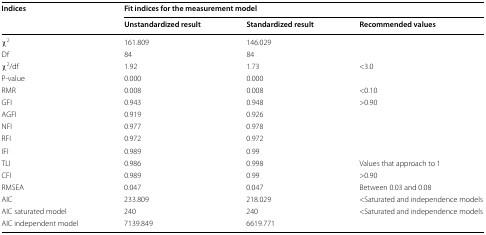
| <ROWSPAN=2> Indices | <COLSPAN=3> Fit indices for the measurement model |
 | Unstandardized result | Standardized result | Recommended values |
 | --- | --- | --- | --- |
 | χ2 | 161.809 | 146.029 |  |
 | Df | 84 | 84 |  |
 | χ2/df | 1.92 | 1.73 | <3.0 |
 | P-value | 0.000 | 0.000 |  |
 | RMR | 0.008 | 0.008 | <0.10 |
 | GFI | 0.943 | 0.948 | >0.90 |
 | AGFI | 0.919 | 0.926 |  |
 | NFI | 0.977 | 0.978 |  |
 | RFI | 0.972 | 0.972 |  |
 | IFI | 0.989 | 0.99 |  |
 | TLI | 0.986 | 0.998 | Values that approach to 1 |
 | CFI | 0.989 | 0.99 | >0.90 |
 | RMSEA | 0.047 | 0.047 | Between 0.03 and 0.08 |
 | AIC | 233.809 | 218.029 | <Saturated and independence models |
 | AIC saturated model | 240 | 240 | <ROWSPAN=2> <Saturated and independence models |
 | AIC independent model | 7139.849 | 6619.771 |